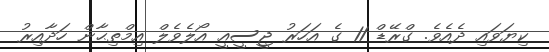
ކިޔަވައި ދެއެވެ. ގްރޭޑް 11 ގެ އަހަރު ޖީސީއީ އޯލެވެލް އިމްތިޙާން ހަދާއިރު